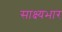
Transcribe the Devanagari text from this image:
साक्ष्यभार